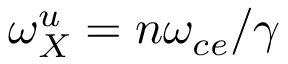
\omega _ { X } ^ { u } = n \omega _ { c e } / \gamma